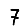
Digit: 7